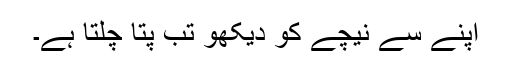
اپنے سے نیچے کو دیکھو تب پتا چلتا ہے۔